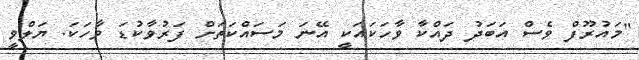
"މައުރޫފް ވެސް އަބަދު ދައްކާ ވާހަކައަކީ އޭނަ މަސައްކަތަށް ފަރުވާކުޑަ ވާހަކަ. ޔަލްވީ